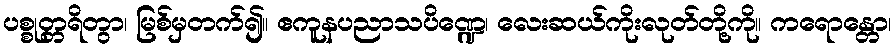
ပစ္စုတ္တရိတွာ၊ မြစ်မှတက်၍။ ဧကူနပညာသပိဏ္ဍေ၊ လေးဆယ်ကိုးလုတ်တို့ကို။ ကရောန္တော၊